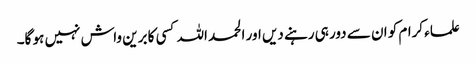
علماء کرام کو ان سے دور ہی رہنے دیں اور الحمد اللہ کسی کا برین واش نہیں ہو گا۔